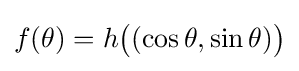
f(\theta )=h{\bigl (}(\cos \theta ,\sin \theta ){\bigr )}